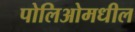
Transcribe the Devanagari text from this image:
पोलिओमधील